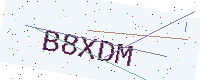
Text: B8XDM